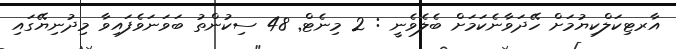
އާރޓިކަލްކިޔުމަށް ހޭދަވާނެކަމަށް ބެލެވެނީ : 2 މިނެޓް